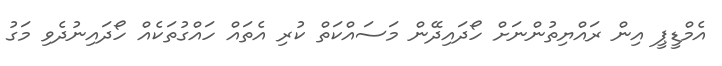
އެމްޑީޕީ އިން ރައްޔިތުންނަށް ހޯދައިދޭން މަސައްކަތް ކުރި އެތައް ހައްގުތަކެއް ހޯދައިނުދެވި މަގު